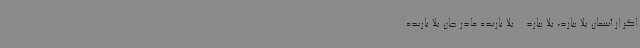
اگر از آسمان بلا ببارد، بلا ببارد... بلا باریده مادر جان بلا باریده.